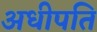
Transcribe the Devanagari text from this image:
अधीपति